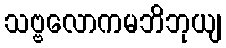
သဗ္ဗလောကမဘိဘုယျ